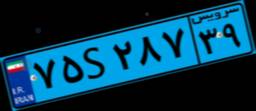
۱۲S۸۶۹۵۷